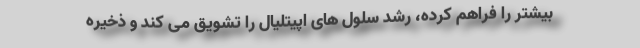
بیشتر را فراهم کرده، رشد سلول های اپیتلیال را تشویق می کند و ذخیره